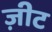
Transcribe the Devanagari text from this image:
ज़ीट